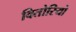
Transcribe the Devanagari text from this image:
वितोरियो